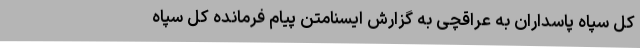
کل سپاه پاسداران به عراقچی به گزارش ایسنامتن پیام فرمانده کل سپاه